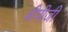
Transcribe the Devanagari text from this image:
बीपीजी